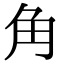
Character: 角